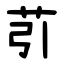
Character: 䒡